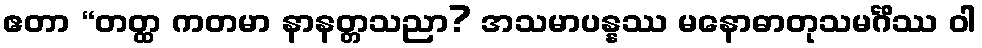
ဧတာ “တတ္ထ ကတမာ နာနတ္တသညာ? အသမာပန္နဿ မနောဓာတုသမင်္ဂိဿ ဝါ